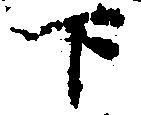
下